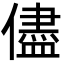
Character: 儘